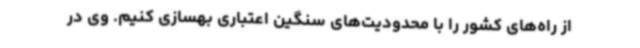
از راه‌های کشور را با محدودیت‌های سنگین اعتباری بهسازی کنیم. وی در